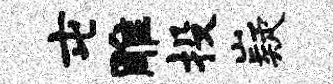
屯雕投嶷